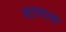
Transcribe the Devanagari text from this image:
नामास